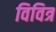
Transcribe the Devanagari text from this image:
विवित्र